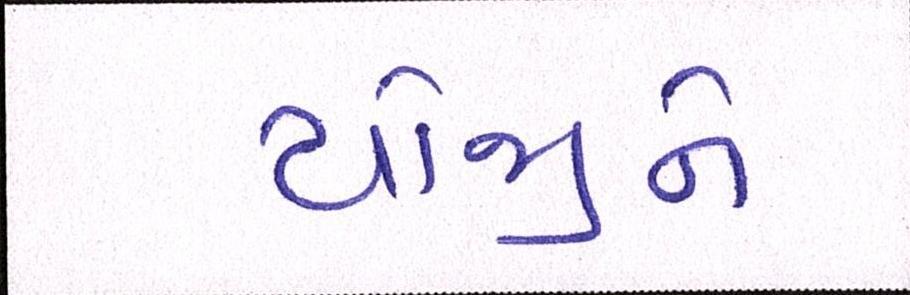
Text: યોજીને